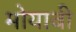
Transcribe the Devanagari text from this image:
मोयावी